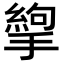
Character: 𢳉